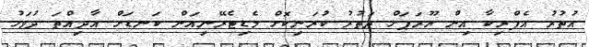
އުތުރު އެފްރިކާ އިން ޔޫރަޕަށް ދަތުރު ކުރަނިކޮށް މެޑިޓެރޭނިއަން ކަނޑަށް އާދިއްތަ ދުވަހު